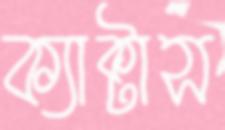
ক্যাক্টাস